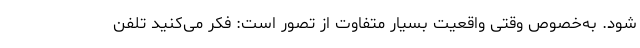
شود. به‌خصوص وقتی واقعیت بسیار متفاوت از تصور است: فکر می‌کنید تلفن